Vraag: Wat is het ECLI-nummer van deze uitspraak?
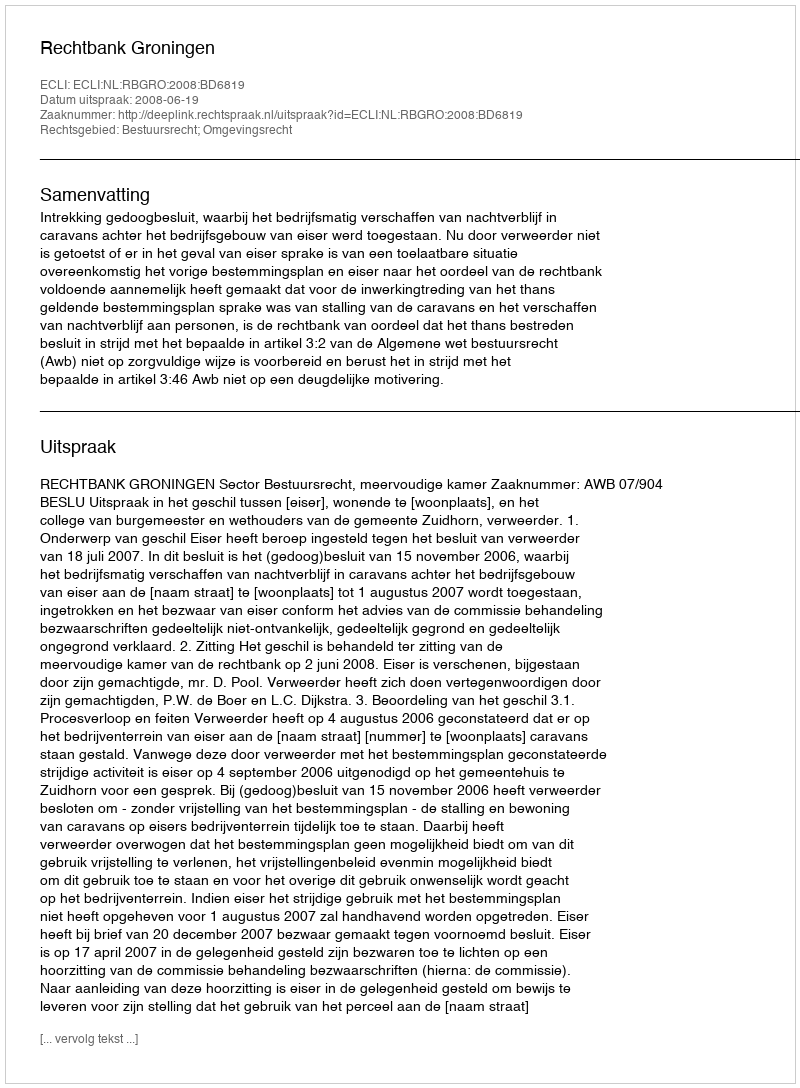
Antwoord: ECLI:NL:RBGRO:2008:BD6819